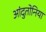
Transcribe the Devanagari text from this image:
आंदुतोनिया